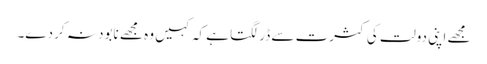
مجھے اپنی دولت کی کثرت سے ڈر لگتا ہے کہ کہیں وہ مجھے نابود نہ کر دے۔